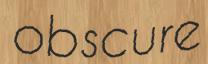
obscure